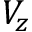
V _ { z }